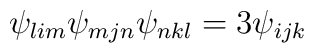
\psi _{lim}\psi _{mjn}\psi _{nkl}=3\psi _{ijk}